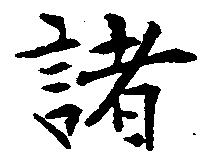
諸